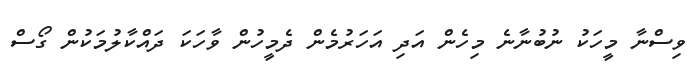
ވިސްނާ މީހަކު ނުބުނާނެ މިހެން އަދި އަހަރުމެން ދެމީހުން ވާހަކަ ދައްކާލުމަކުން ގޯސް